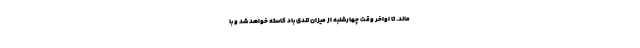
‌ماند. تا اواخر وقت چهارشنبه از میزان تندی باد کاسته خواهد شد و با